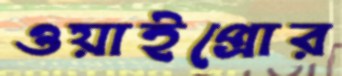
ওয়াইপ্রোর